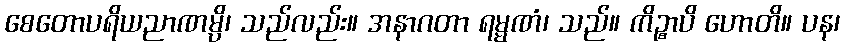
စေတောပရိယညာဏမ္ပိ၊ သည်လည်း။ အနာဂတာ ရမ္မဏံ၊ သည်။ ကိဉ္စာပိ ဟောတိ။ ပန၊